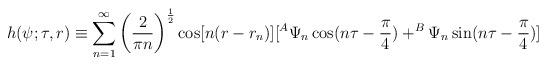
LaTeX: \begin{align*}h(\psi ;\tau ,r)\equiv \sum_{n=1}^\infty \left( \frac 2{\pi n}\right)^{\frac 12}\cos [n(r-r_n)][^A\Psi _n\cos (n\tau -\frac \pi 4)+^B\Psi _n\sin(n\tau -\frac \pi 4)]\end{align*}